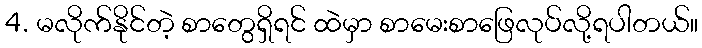
4. မလိုက်နိုင်တဲ့ စာတွေရှိရင် ထဲမှာ စာမေးစာဖြေလုပ်လို့ရပါတယ်။